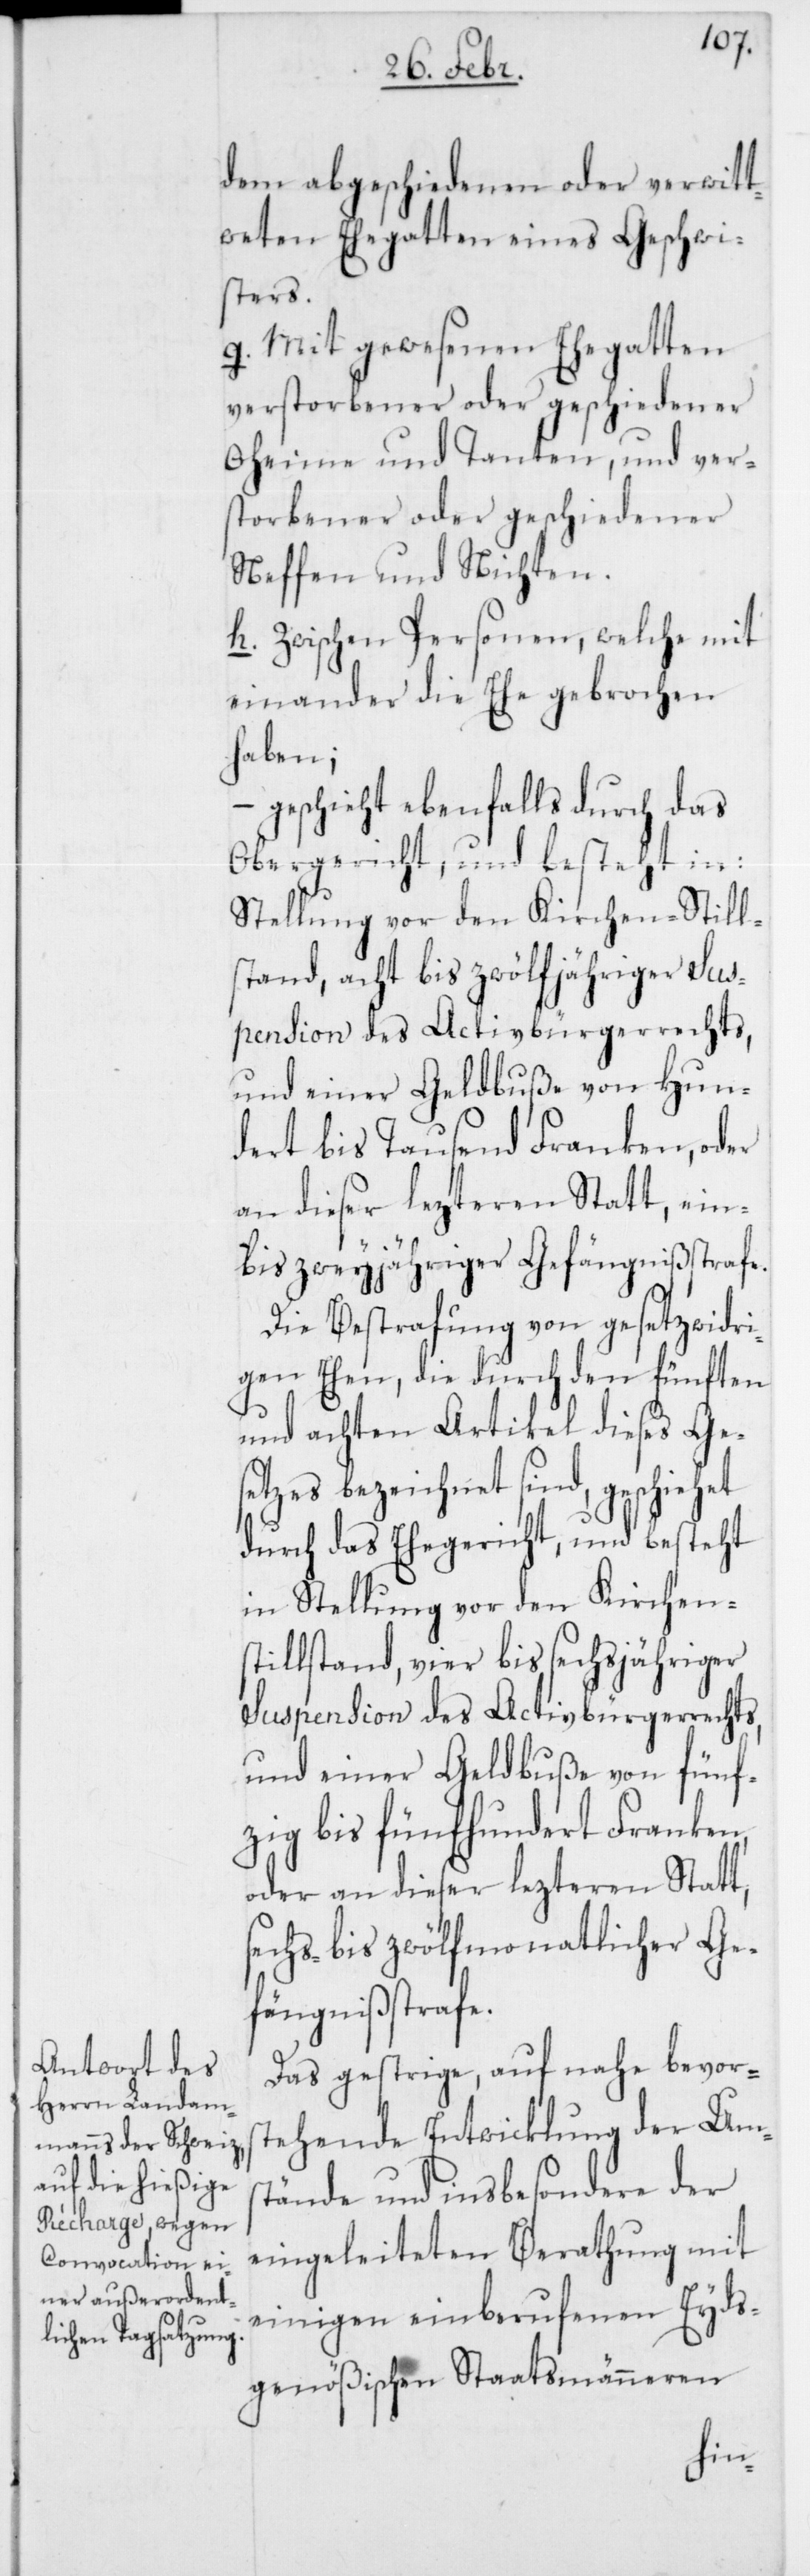
dem abgeschiedenen oder verwitt¬
weteten Ehegatten eines Geschwi¬
sters.
g. Mit gewesenen Ehegatten
verstorbener oder geschiedener
Oheime und Tanten, und ver¬
storbener oder geschiedener
Neffen und Nichten.
h. Zwischen Personen, welche mit
einander die Ehe gebrochen
haben;
– geschieht ebenfalls durch das
Obergericht, und besteht in:
Stellung vor den Kirchen-Still¬
stand, acht- bis zwölfjähriger Sus¬
pension des Activbürgerrechts,
und einer Geldbuße von hun¬
dert bis tausend Franken, oder
an dieser lezteren Statt, ein-
bis zweyjähriger Gefängnißstrafe.
Die Bestrafung von gesetzwidri¬
gen Ehen, die durch den fünften
und achten Artikel dieses Ge¬
setzes bezeichnet sind, geschiehet
durch das Ehegericht, und besteht
in Stellung vor den Kirchens¬
tillstand, vier bis sechsjähriger
Suspension des Activbürgerrechts,
und einer Geldbuße von fünf¬
zig bis fünfhundert Franken,
oder an dieser lezteren Statt,
sechs- bis zwölfmonatlicher Ge¬
fängnißstrafe.
Das gestrige, auf nahe bevors¬
tehende Entwicklung der Ums¬
tände und insbesondere der
eingeleiteten Berathung mit
einigen einberufenen Eyds¬
genößischen Staatsmänneren